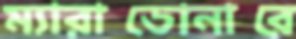
ম্যারাডোনারে